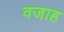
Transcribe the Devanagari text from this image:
वजाह